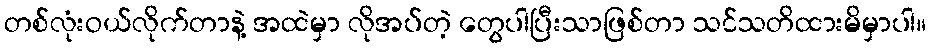
တစ်လုံးဝယ်လိုက်တာနဲ့ အထဲမှာ လိုအပ်တဲ့ တွေပါပြီးသာဖြစ်တာ သင်သတိထားမိမှာပါ။